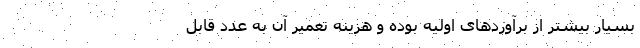
بسیار بیشتر از برآورد‌های اولیه بوده و هزینه تعمیر آن به عدد قابل